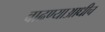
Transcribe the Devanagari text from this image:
वाढण्याआधीच